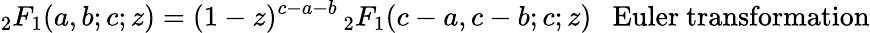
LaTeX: {}_{2}F_{1}(a,b;c;z)=(1-z)^{c-a-b}\, {}_{2}F_{1}(c-a,c-b;c;z)\ \ \ {\mathrm{Euler~transformation}}